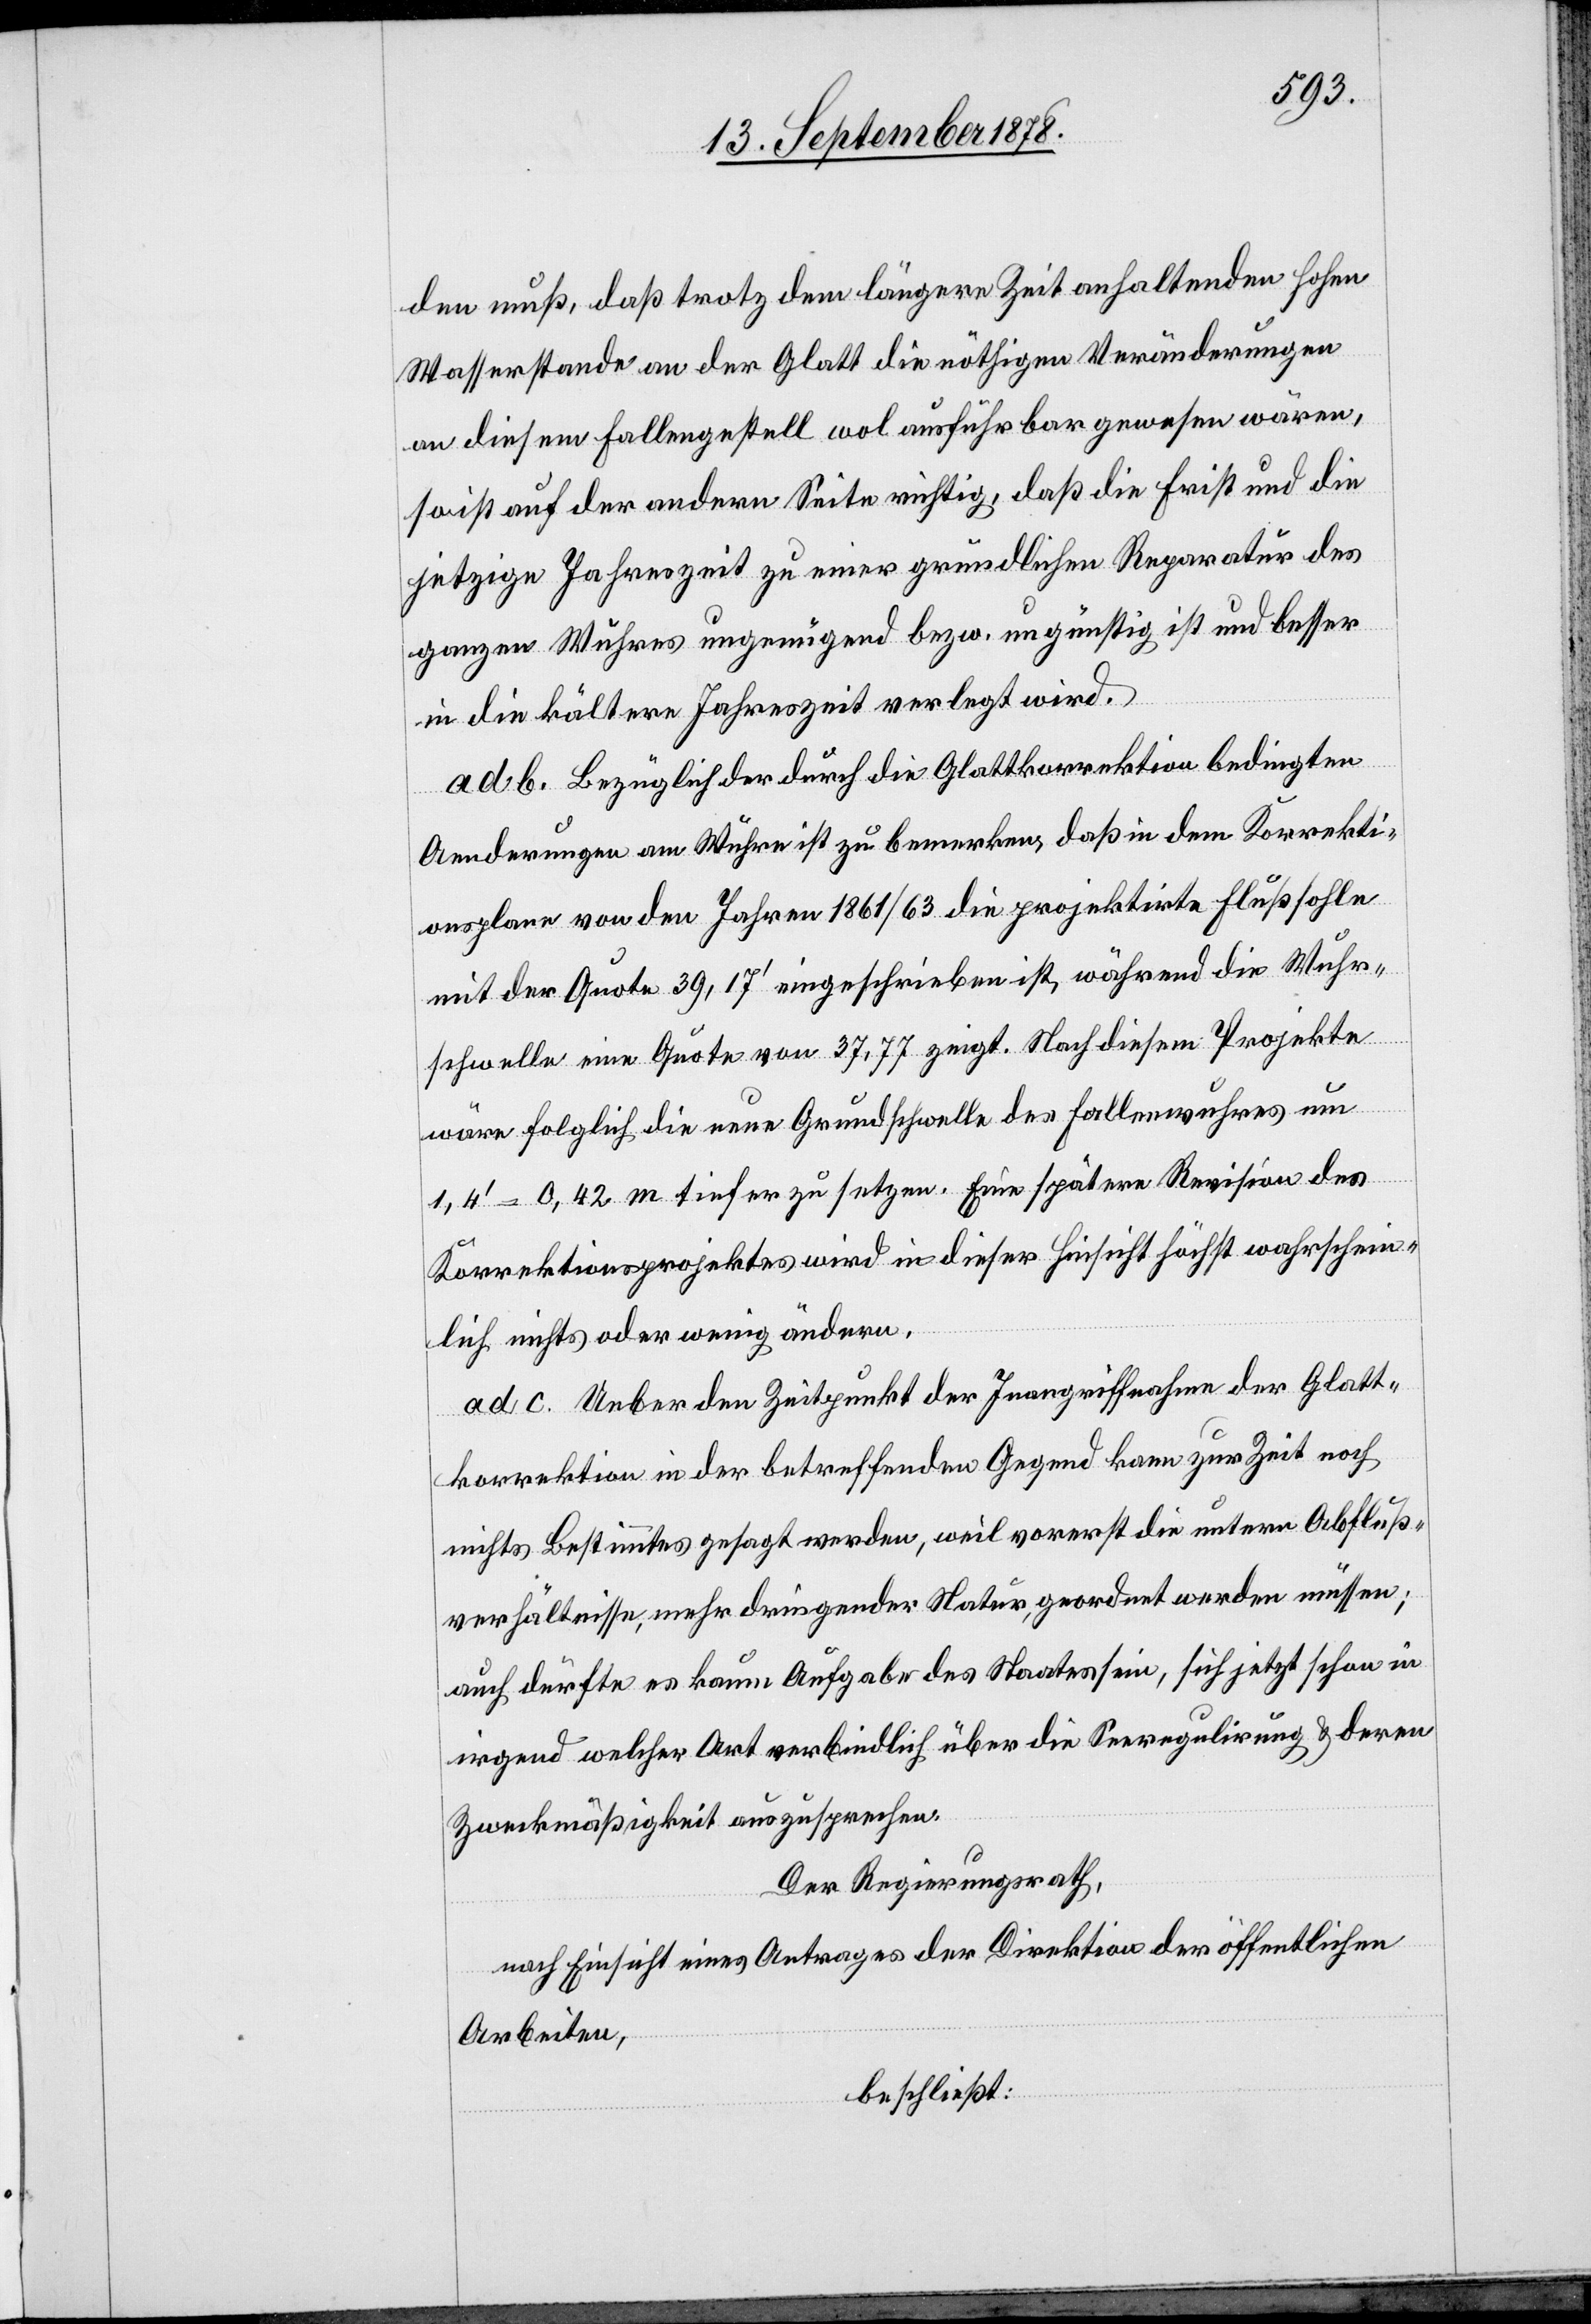
den muß, daß trotz dem längere Zeit anhaltenden hohen
Wasserstande an der Glatt die nöthigen Veränderungen
an diesem Fallengestell wol ausführbar gewesen wären,
so ist auf der andern Seite richtig, daß die Frist und die
jetzige Jahreszeit zu einer gründlichen Reparatur des
ganzen Wuhres ungenügend bezw. ungünstig ist und besser
in die kältere Jahreszeit verlangt wird.
ad b. Bezüglich der durch die Glattkorrektion bedingten
Aenderungen am Wuhre ist zu bemerken, daß in dem Korrekti¬
onsplane von den Jahren 1861/63 die projektirte Flußsohle
mit der Quote 39,17’ eingeschrieben ist, während die Wuhr¬
schwelle eine Quote von 37,77 zeigt. Nach diesem Projekte
wäre folglich die neue Grundschwelle des Fallenwuhres um
1,4’–0,42 m tiefer zu setzen. Eine spätere Revision des
Korrektionsprojektes wird in dieser Hinsicht höchst wahrschein¬
lich nichts oder wenig ändern.
ad c. Ueber den Zeitpunkt der Inangriffnahme der Glatt¬
korrektion in der betreffenden Gegend kann zur Zeit noch
nichts Bestimmtes gesagt werden, weil vorerst die untere Abfluß¬
verhältnisse, mehr dringender Natur, geordnet werden müssen;
auch dürfte es kaum Aufgabe des Staates sein, sich jetzt schon i¬
rgend welcher Art verbindlich über die Seeregulirung & deren
Zweckmäßigkeit auszusprechen.
Der Regierungsrath,
nach Einsicht eines Antrages der Direktion der öffentlichen
Arbeiten,
beschließt: